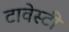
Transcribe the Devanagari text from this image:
टावेस्टी